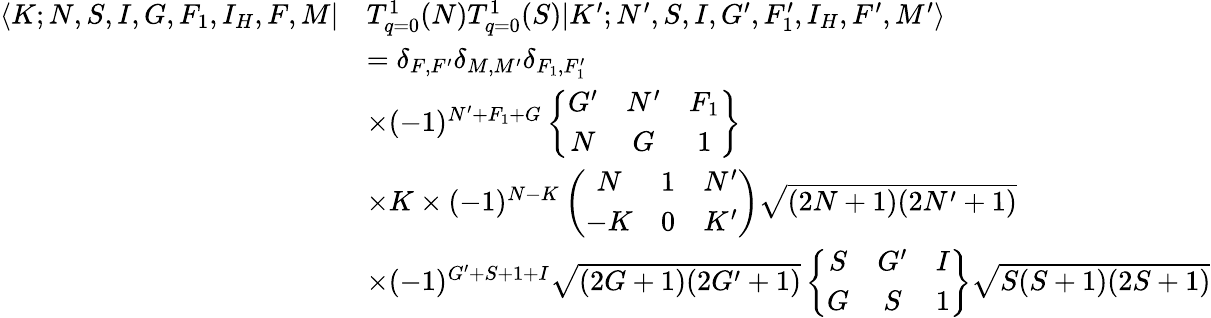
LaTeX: \begin{array}{rl}{\langle K;N,S,I,G,F_{1},I_{H},F,M|}&{T_{q=0}^{1}(N)T_{q=0}^{1}(S)|K^{\prime};N^{\prime},S,I,G^{\prime},F_{1}^{\prime},I_{H},F^{\prime},M^{\prime}\rangle}\\ &{=\delta_{F,F^{\prime}}\delta_{M,M^{\prime}}\delta_{F_{1},F_{1}^{\prime}}}\\ &{\times(-1)^{N^{\prime}+F_{1}+G}\left\{ \begin{array}{ccc}{G^{\prime}}&{N^{\prime}}&{F_{1}}\\ {N}&{G}&{1}\end{array}\right\} }\\ &{\times K\times(-1)^{N-K}\left(\begin{array}{ccc}{N}&{1}&{N^{\prime}}\\ {-K}&{0}&{K^{\prime}}\end{array}\right)\sqrt{(2N+1)(2N^{\prime}+1)}}\\ &{\times(-1)^{G^{\prime}+S+1+I}\sqrt{(2G+1)(2G^{\prime}+1)}\left\{ \begin{array}{ccc}{S}&{G^{\prime}}&{I}\\ {G}&{S}&{1}\end{array}\right\} \sqrt{S(S+1)(2S+1)}}\end{array}